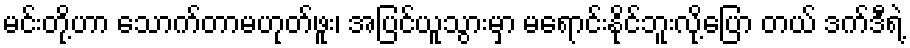
မင်းတို့ဟာ သောက်တာမဟုတ်ဖူး၊ အပြင်ယူသွားမှာ မရောင်းနိုင်ဘူးလို့ပြော တယ် ဒက်ဒီရဲ့